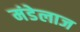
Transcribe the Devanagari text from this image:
मंडेलाज